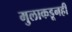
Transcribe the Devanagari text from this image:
मुलाकडूनही